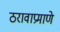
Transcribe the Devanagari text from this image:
ठरावाप्रमाणे